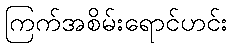
ကြက်အစိမ်းရောင်ဟင်း